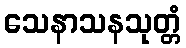
သေနာသနသုတ္တံ